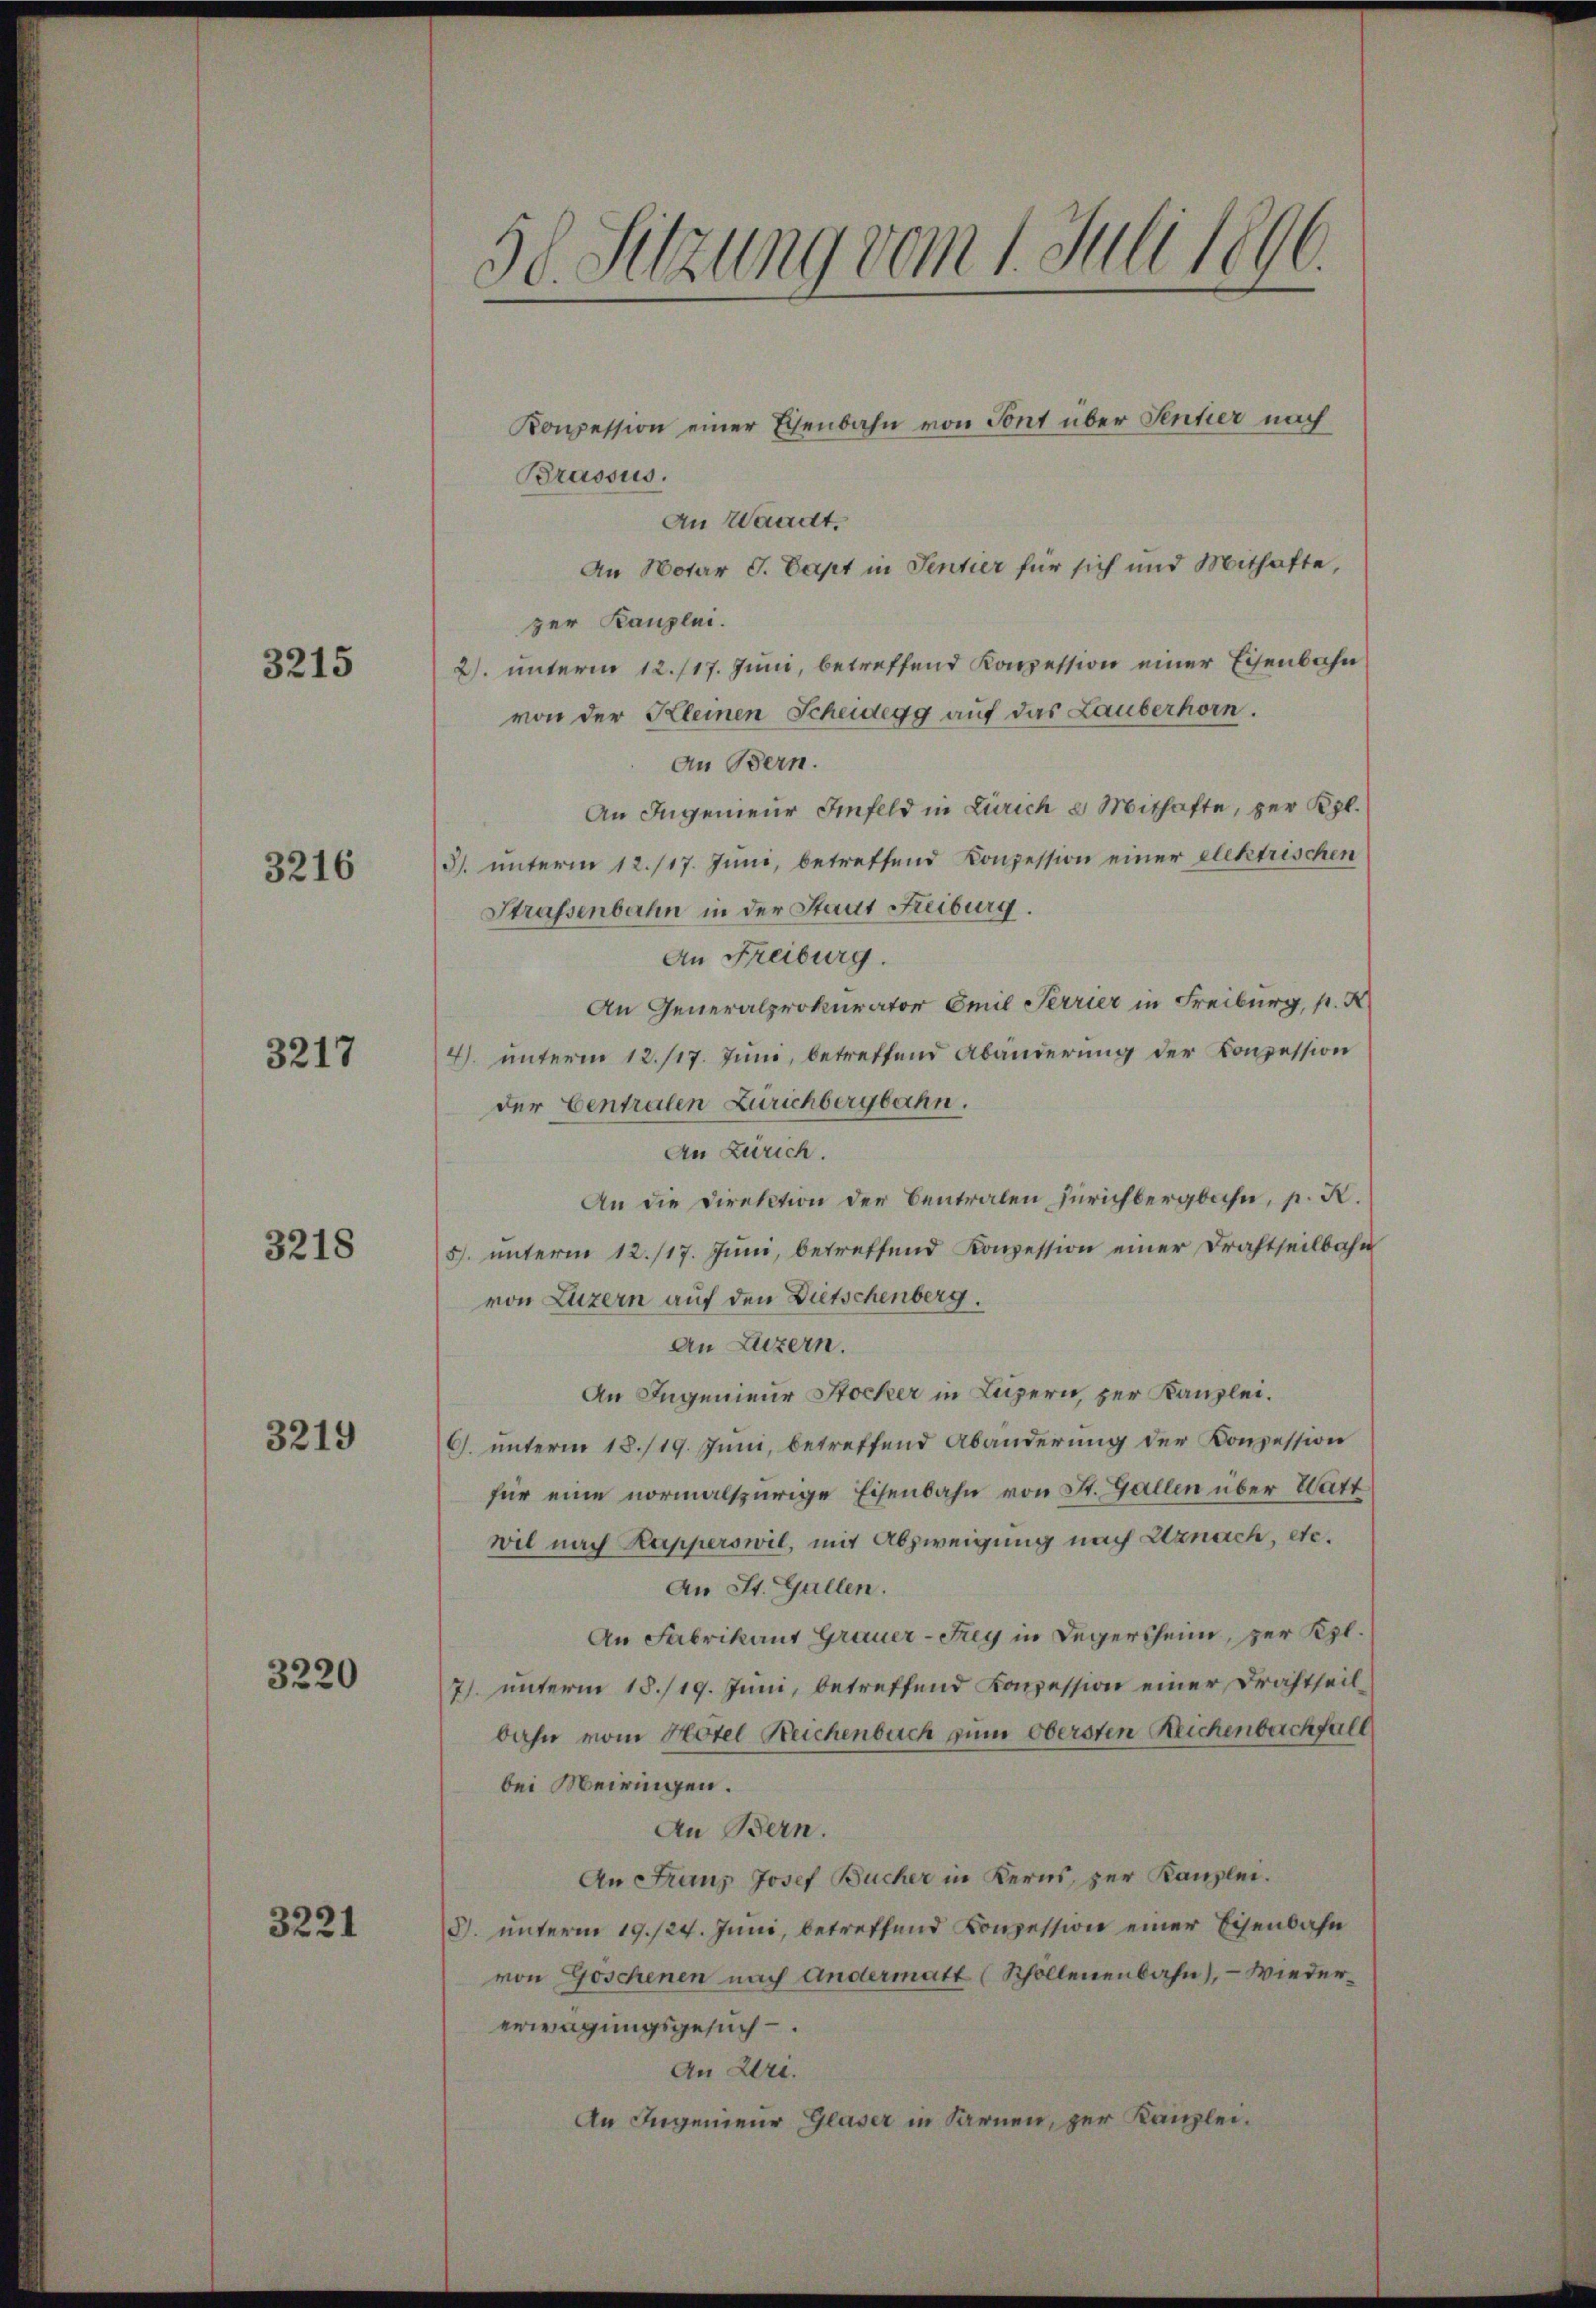
3215

3216

3217

3218

3219

3220

3221

50 Setzung vom 1. Juli 1896.

Konpession einer Eisenbahn von Sont über Sentier nach
Brassus.
An Waadt.
An Notar G. Capt in Sentier für sich und Mithafte,
zer Kanzlei.
2. unterm 12. 117. Juni, betreffend Konzession einer Eisenbahn
von der Kleinen Scheidegg auf das Lauberhorn.
an Bern.
An Ingenieur Infeld in Zürich e Mithafte, per Kgl.
3. unterm 12. 117. Juni, betreffend Konzession einer elektrischen
Strassenbahn in der Stadt Freiburg.
An Freiburg.
An Generalprokurator Emil Terrier in Freiburg, p. K
4). unterm 12./17. Juni, betreffend Abänderung der Conzession
der Centralen Zürichbergbahn.
An Zürich.
An die Direktion der Centralen Zürichbergbahn, p. R.
5. unterm 12./17. Juni, betreffend Konzession einer Drahtheilbahn
von Luzern auf den Dietschenberg.
An Luzern.
An Ingenieur Stocker in Luzern, zur Kanzlei.
6. unterm 18./19. Juni, betreffend Abänderung der Konzession
für eine normalspurige Eisenbahn von St. Gallen über Watt
wil nach Kapperswil, mit Abzweigung nach Uznach, etc.
An St. Gallen.
An Fabrikant Grauer Frey in Degersheim, zur Kgl.
71. unterm 18./19. Juni, betreffend Konzession einer Drahtheilbahn vom Hotel Reichenbach zum obersten Reichenbachfall
bei Meiringen.
An Bern.
An Franz Josef Bucher in Kerns, zur Kanzlei.
3. unterm 19. 124. Juni, betreffend Konzession einer Eisenbahn
von Goschenen nach Andermatt (Schollenenbahn, - Wiedererwägungsgesuch
An Uri.
An Ingenieur Glaser in Sarnen, zur Kanzlei.